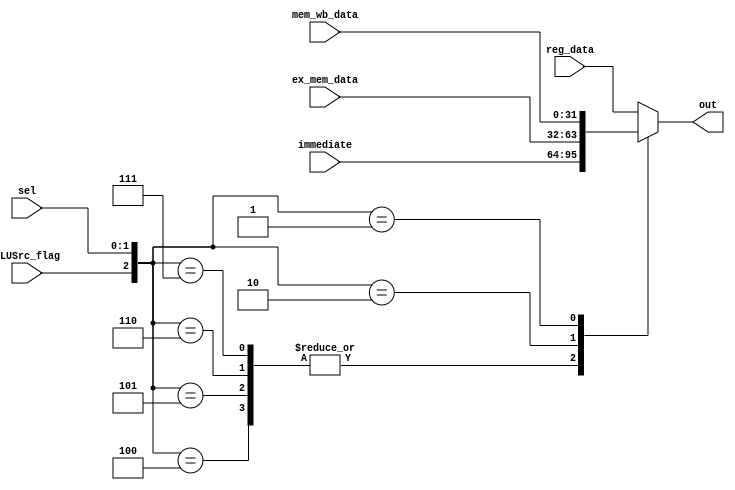
`timescale 1ns / 1ps
//////////////////////////////////////////////////////////////////////////////////
// Company: 
// Engineer: 
// 
// Design Name: 
// Module Name: bypath
// Project Name: 
// Target Devices: 
// Tool Versions: 
// Description: 
// 
// Dependencies: 
// 
// Revision:
// Revision 0.01 - File Created
// Additional Comments:
// 
//////////////////////////////////////////////////////////////////////////////////


module bypath2(
input wire [31:0]   reg_data,
input wire [31:0]   ex_mem_data,
input wire [31:0]   mem_wb_data,
input wire [31:0]   immediate,
input wire          ALUSrc_flag,
input wire [1:0]    sel,
output wire [31:0]  out
    );
    
    /* the bypass is a 3-1 MUX */
    assign out = OUT(reg_data, ex_mem_data, mem_wb_data, immediate, ALUSrc_flag, sel);
    
    function [31:0] OUT;
    input [31:0]    a;
    input [31:0]    b;
    input [31:0]    c;
    input [31:0]    d;
    input           flag;
    input [1:0]     sel;
    begin
       case(  {flag, sel})
        3'b100: OUT = d;
        3'b101: OUT = d;
        3'b110: OUT = d;
        3'b111: OUT = d;
        3'b000: OUT = a;
        3'b010: OUT = b;
        3'b001: OUT = c;
        default: OUT = a;
       endcase
    end
    endfunction
    
endmodule